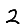
Digit: 2